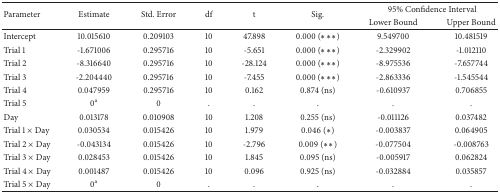
| <ROWSPAN=2> Parameter | <ROWSPAN=2> Estimate | <ROWSPAN=2> Std. Error | <ROWSPAN=2> df | <ROWSPAN=2> t | <ROWSPAN=2> Sig. | <COLSPAN=2> 95% Confidence Interval |
 | Lower Bound | Upper Bound |
 | --- | --- | --- | --- | --- | --- | --- | --- |
 | Intercept | 10.015610 | 0.209103 | 10 | 47.898 | 0.000 (∗∗∗) | 9.549700 | 10.481519 |
 | Trial 1 | -1.671006 | 0.295716 | 10 | -5.651 | 0.000 (∗∗∗) | -2.329902 | -1.012110 |
 | Trial 2 | -8.316640 | 0.295716 | 10 | -28.124 | 0.000 (∗∗∗) | -8.975536 | -7.657744 |
 | Trial 3 | -2.204440 | 0.295716 | 10 | -7.455 | 0.000 (∗∗∗) | -2.863336 | -1.545544 |
 | Trial 4 | 0.047959 | 0.295716 | 10 | 0.162 | 0.874 (ns) | -0.610937 | 0.706855 |
 | Trial 5 | 0a | 0 | . | . | . | . | . |
 | Day | 0.013178 | 0.010908 | 10 | 1.208 | 0.255 (ns) | -0.011126 | 0.037482 |
 | Trial 1 × Day | 0.030534 | 0.015426 | 10 | 1.979 | 0.046 (∗) | -0.003837 | 0.064905 |
 | Trial 2 × Day | -0.043134 | 0.015426 | 10 | -2.796 | 0.009 (∗∗) | -0.077504 | -0.008763 |
 | Trial 3 × Day | 0.028453 | 0.015426 | 10 | 1.845 | 0.095 (ns) | -0.005917 | 0.062824 |
 | Trial 4 × Day | 0.001487 | 0.015426 | 10 | 0.096 | 0.925 (ns) | -0.032884 | 0.035857 |
 | Trial 5 × Day | 0a | 0 | . | . | . | . | . |